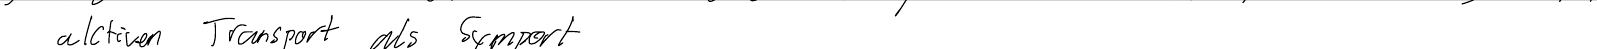
aktiven Transport als Symport